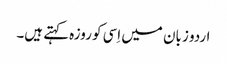
اردو زبان میں اِسی کو روزہ کہتے ہیں۔